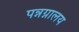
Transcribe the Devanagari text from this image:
पन्नग्नालय